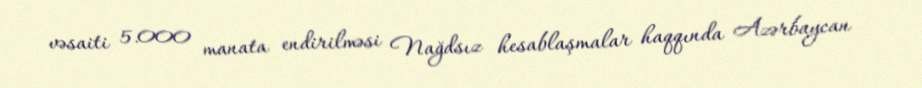
vəsaiti 5.000 manata endirilməsi Nağdsız hesablaşmalar haqqında Azərbaycan